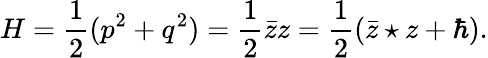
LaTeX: H=\frac{1}{2}(p^{2}+q^{2})=\frac{1}{2}{\bar{z}}z=\frac{1}{2}({\bar{z}}\star z+\hbar).